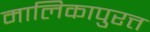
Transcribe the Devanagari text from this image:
मालिकापुरत्त